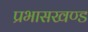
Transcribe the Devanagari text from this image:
प्रभासखण्ड